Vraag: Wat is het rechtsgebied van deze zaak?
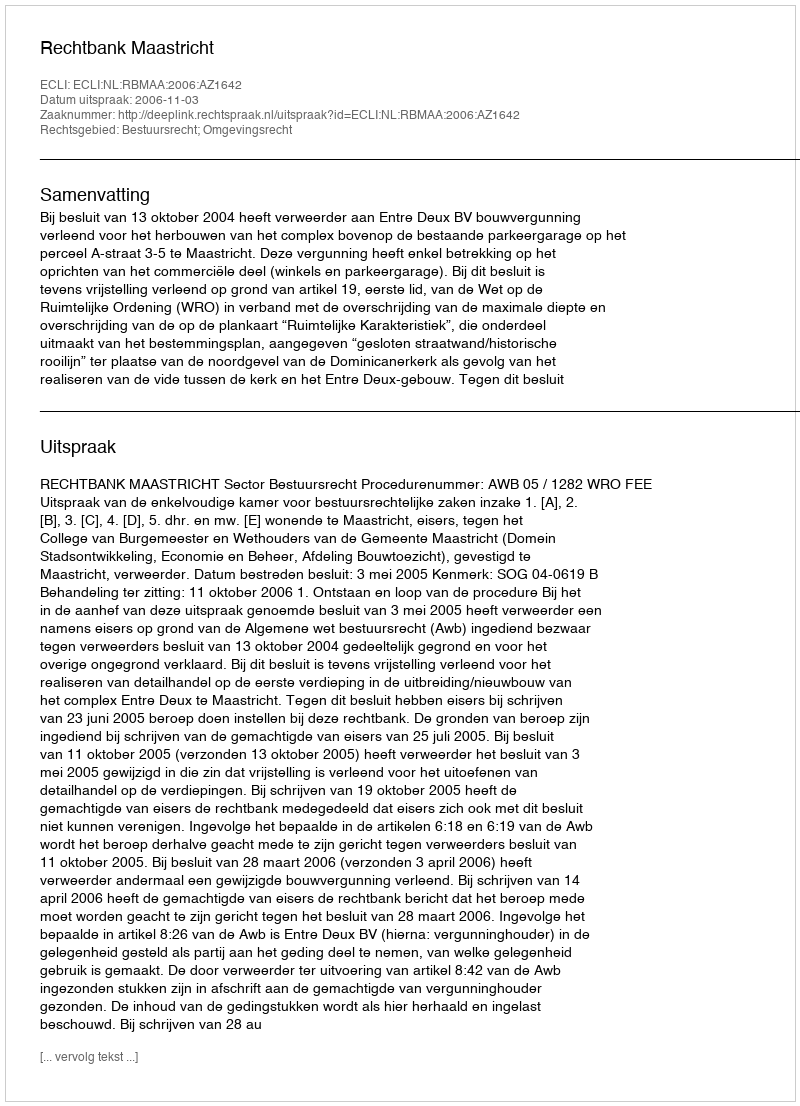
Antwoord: Bestuursrecht; Omgevingsrecht